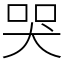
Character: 哭